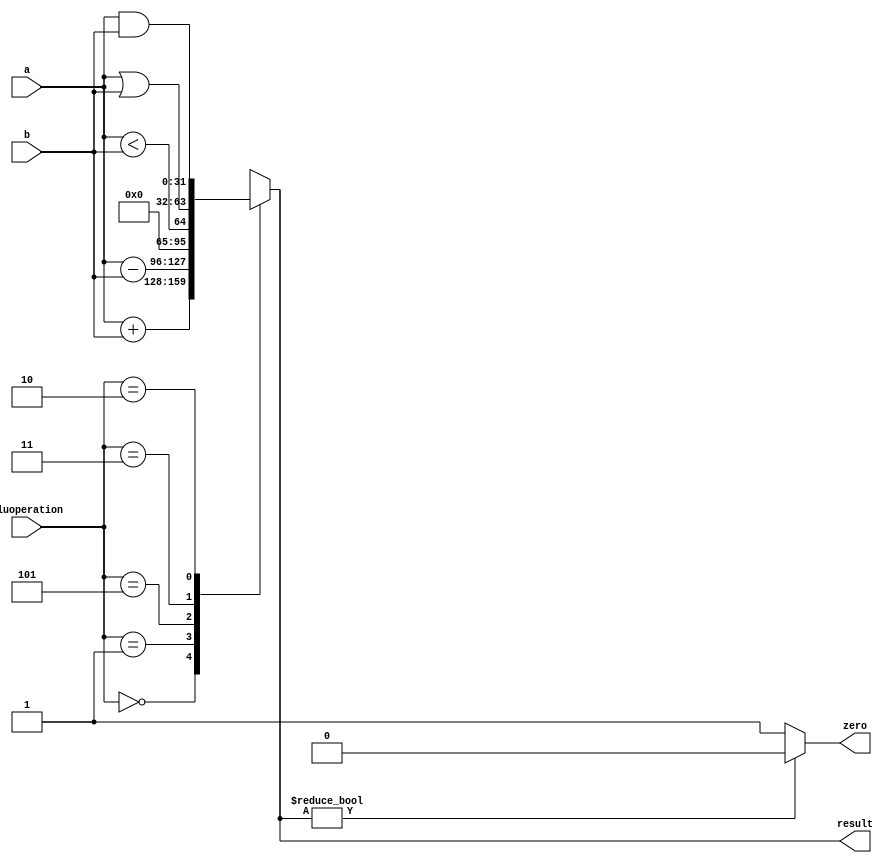
module alu(a,b,aluoperation,zero,result);
input [31:0] a,b;
input [2:0]aluoperation;
output reg zero;
output reg [31:0] result;

 always @ (*)
begin
 case(aluoperation)
 3'b000: result=a+b;
 3'b001: result=a-b;
 3'b101: result=a<b;
 3'b011: result=a|b;
 3'b010: result=a&b;
 default: result=32'bx;
 endcase
end
always @ (result)
begin 
 if (result)
 zero = 0;
 else
 zero = 1;
end
endmodule